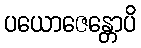
ပယောဇေန္တောပိ